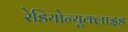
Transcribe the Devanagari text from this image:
रेडियोन्युक्लाइड